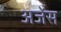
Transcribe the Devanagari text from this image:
अजेंस